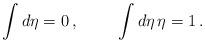
LaTeX: \begin{align*}\int d\eta = 0 \, , \hspace{1cm} \int d\eta \, \eta = 1 \, .\end{align*}